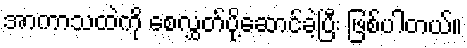
အာကာသထဲကို စေလွှတ်ပို့ဆောင်ခဲ့ပြီး ဖြစ်ပါတယ်။